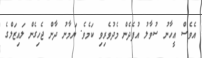
އެވެސް އީހާނު ސުވާލު އުފެދެން މެދުވެރިވި ކަމެވެ. ޔަމާނު ދާން ޖެހިގެން ލައިޒަލްގެ